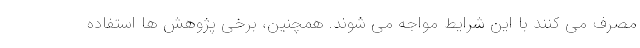
مصرف می کنند با این شرایط مواجه می شوند. همچنین، برخی پژوهش ها استفاده